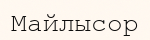
Майлысор